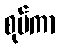
စုပ်ကာ